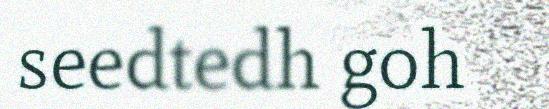
seedtedh goh